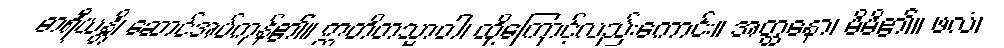
ဓာရီယန္တိ၊ ဆောင်အပ်ကုန်၏။ ဣတိတသ္မာဝါ၊ ထို့ကြောင့်လည်းကောင်း။ အတ္ထနော၊ မိမိ၏။ ဖလံ၊